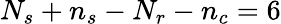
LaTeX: N_{s}+n_{s}-N_{r}-n_{c}=6